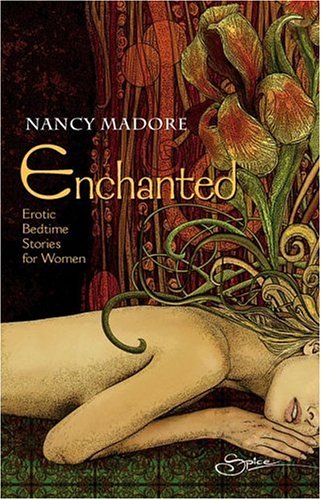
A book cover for Enchanted: Erotic Bedtime Stories For Women (Erotic Fiction); Nancy Madore; Romance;